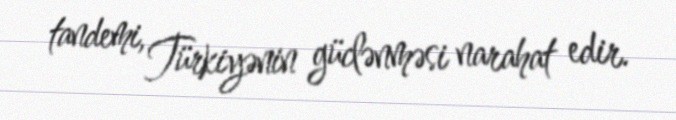
tandemi, Türkiyənin güclənməsi narahat edir.